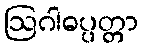
ဩဂါဓပ္ပတ္တာ